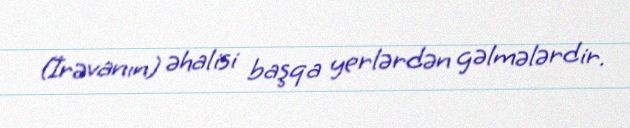
(İrəvanın) əhalisi başqa yerlərdən gəlmələrdir.